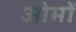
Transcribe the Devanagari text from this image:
ओमों